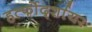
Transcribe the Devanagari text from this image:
हर्त्फोर्द्शायर